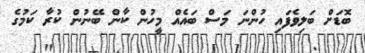
ބޮޑަށް ބަލިވެފައި ހުންނަ މަސް ބައެއް މީހުން ކާން ބޭނުން ކުރާ ކަމުގެ